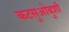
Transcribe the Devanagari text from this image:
कटसुओबुशी